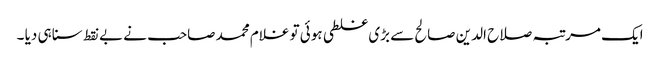
ایک مرتبہ صلاح الدین صالح سے بڑی غلطی ہوئی تو غلام محمد صاحب نے بے نقط سنا ہی دیا ۔